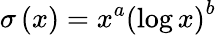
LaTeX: \sigma\left(x\right)=x^{a}\left(\log x\right)^{b}